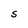
Character: S